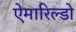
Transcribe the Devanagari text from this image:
ऐमारिल्डो